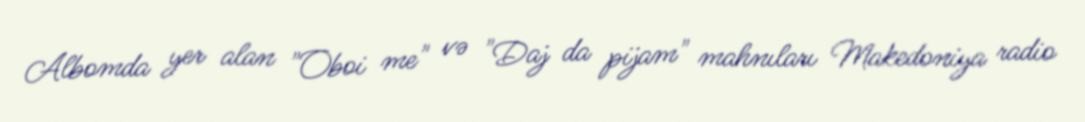
Albomda yer alan "Oboi me" və "Daj da pijam" mahnıları Makedoniya radio